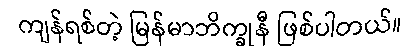
ကျန်ရစ်တဲ့ မြန်မာဘိက္ခုနီ ဖြစ်ပါတယ်။